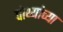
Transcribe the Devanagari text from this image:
पोथ्यांच्या